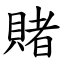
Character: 賭